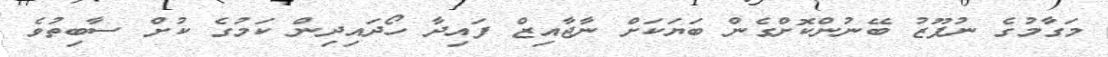
މަގާމުގެ ނުފޫޒު ބޭނުންކޮށްގެން ބަޔަކަށް ނާޖާއިޒް ފައިދާ ހޯދައިދިން ކަމުގެ ކުށް ސާބިތުވެ